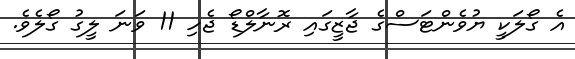
އެ ގޯލަކީ ޔުވެންޓަސްގެ ޖާޒީގައި ރޮނާލްޑޯ ޖެހި 11 ވަނަ ލީގު ގޯލެވެ.